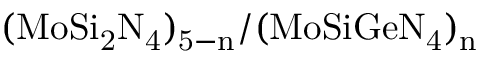
\mathrm { ( M o S i _ { 2 } N _ { 4 } ) _ { 5 - n } / ( M o S i G e N _ { 4 } ) _ { n } }